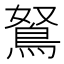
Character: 鴑